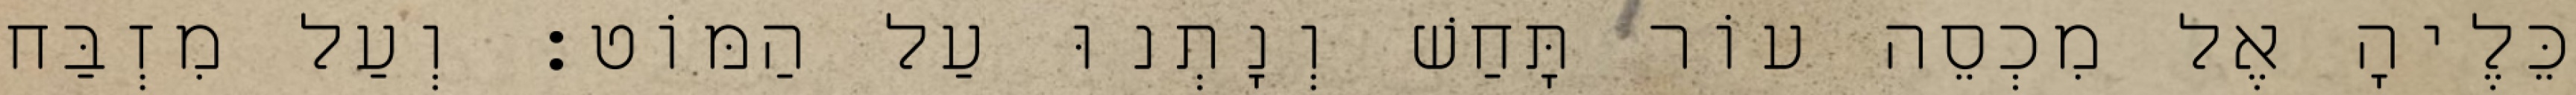
כֵּלֶיהָ אֶל מִכְסֵה עוֹר תָּחַשׁ וְנָתְנוּ עַל הַמּוֹט׃ וְעַל מִזְבַּח